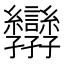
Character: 𭓝